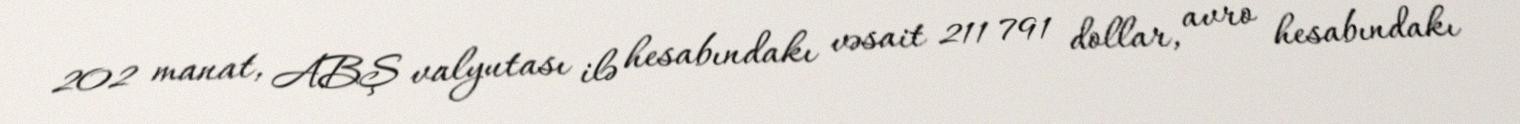
202 manat, ABŞ valyutası ilə hesabındakı vəsait 211 791 dollar, avro hesabındakı